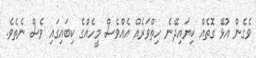
ވެގެން އުޅޭ ގޮތެއް ކިޔައިދޭނެ ހިތްވަރެއް އެއްވެސް މީހެއްގެ ކިބައިގައި ވެސް ނެތެވެ.